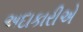
અદાકારીએ